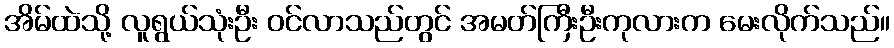
အိမ်ထဲသို့ လူရွယ်သုံးဦး ဝင်လာသည်တွင် အမတ်ကြီးဦးကုလားက မေးလိုက်သည်။